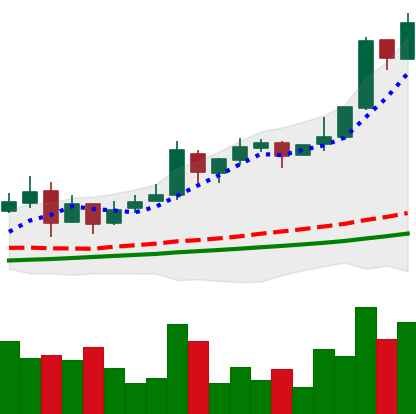
Ticker: LTC-USD
Chart end date: 2017-11-27
Forward return: 9.477%
Label: up_7plus